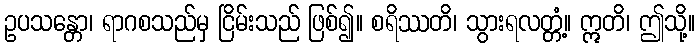
ဥပသန္တော၊ ရာဂစသည်မှ ငြိမ်းသည် ဖြစ်၍။ စရိဿတိ၊ သွားရလတ္တံ့။ ဣတိ၊ ဤသို့။